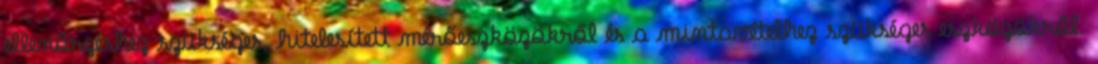
ellenőrzéshez szükséges, hitelesített mérőeszközökről és a mintavételhez szükséges eszközökről.